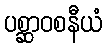
ပစ္ဆာဝစနီယံ